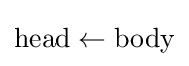
{\textstyle \mathrm {head} \leftarrow \mathrm {body} }